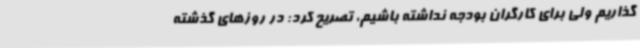
گذاریم ولی برای کارگران بودجه نداشته باشیم، تصریح کرد: در روزهای گذشته